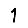
Digit: 1